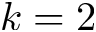
k = 2